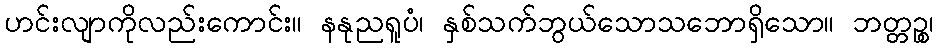
ဟင်းလျာကိုလည်းကောင်း။ နနုညရူပံ၊ နှစ်သက်ဘွယ်သောသဘောရှိသော။ ဘတ္တဉ္စ၊